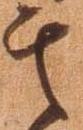
其